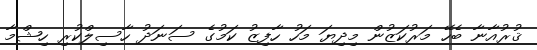
ޤުރުއާނާ ބެހޭ މަރުކަޒުން މިދިޔަ މަހު ހާފިޒު ކަމުގެ ސަނަދު ހާސިލްކުރި ހިޝްމާ